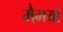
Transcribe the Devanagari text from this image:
मैमयो